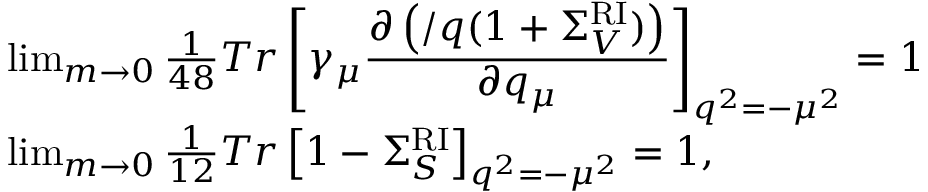
\begin{array} { l } { { \operatorname * { l i m } _ { m \rightarrow 0 } \frac { 1 } { 4 8 } T r \left[ \gamma _ { \mu } \frac { \displaystyle \partial \left( \slash { q } ( 1 + \Sigma _ { V } ^ { \mathrm { R I } } ) \right) } { \displaystyle \partial q _ { \mu } } \right] _ { q ^ { 2 } = - \mu ^ { 2 } } = 1 } } \\ { { \operatorname * { l i m } _ { m \rightarrow 0 } \frac { 1 } { 1 2 } T r \left[ 1 - \Sigma _ { S } ^ { \mathrm { R I } } \right] _ { q ^ { 2 } = - \mu ^ { 2 } } = 1 { } , } } \end{array}